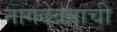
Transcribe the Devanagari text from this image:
नागदेवताची